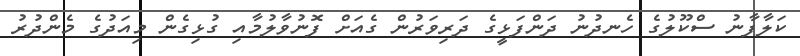
ކަލާފާނު ސްކޫލުގެ ހެނދުނު ދަންފަޅީގެ ދަރިވަރުން ގެއަށް ފޮނުވާލުމާއި ގުޅިގެން މިއަދުގެ މެންދުރު